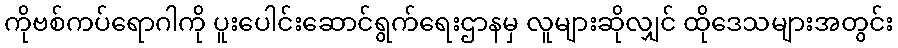
ကိုဗစ်ကပ်ရောဂါကို ပူးပေါင်းဆောင်ရွက်ရေးဌာနမှ လူများဆိုလျှင် ထိုဒေသများအတွင်း